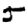
Digit: 5